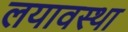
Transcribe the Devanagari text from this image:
लयावस्था